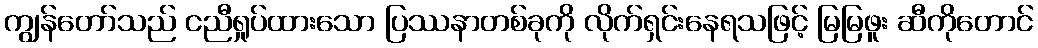
ကျွန်တော်သည် ငညီရှုပ်ထားသော ပြဿနာတစ်ခုကို လိုက်ရှင်းနေရသဖြင့် မြမြဖူး ဆီကိုတောင်